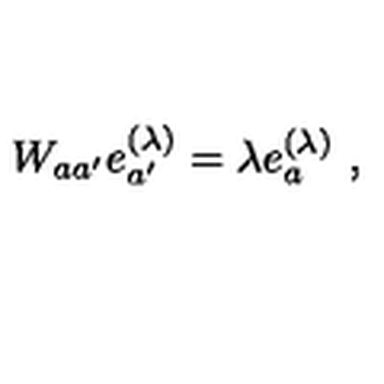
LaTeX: W _ { a a ^ { \prime } } e _ { a ^ { \prime } } ^ { ( \lambda ) } = \lambda e _ { a } ^ { ( \lambda ) } \ ,